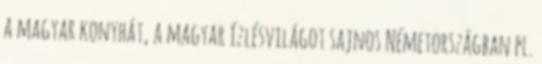
a magyar konyhát, a magyar ízlésvilágot sajnos Németországban pl.